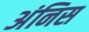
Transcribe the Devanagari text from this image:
अंनिस